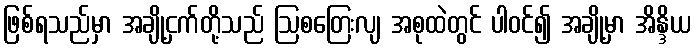
ဖြစ်ရသည်မှာ အချို့ငှက်တို့သည် ဩစတြေးလျ အစုထဲတွင် ပါဝင်၍ အချို့မှာ အိန္ဒိယ